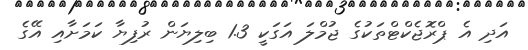
އަދި އެ ޕްރޮޖެކްޓްތަކުގެ ޖުމްލަ އަގަކީ 1.3 ބިލިޔަން ރުފިޔާ ކަމަށާއި އޭގެ